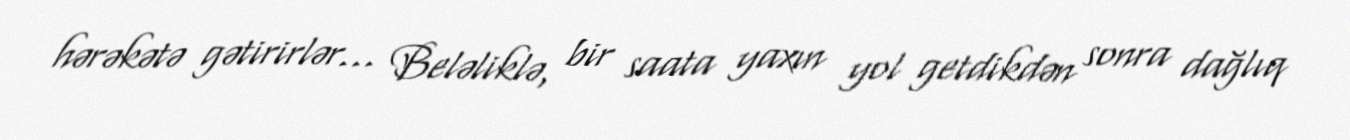
hərəkətə gətirirlər... Beləliklə, bir saata yaxın yol getdikdən sonra dağlıq